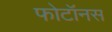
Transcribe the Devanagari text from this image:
फोटॉनस